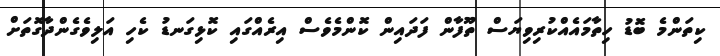
ކިތަންމެ ބޮޑު ހިތާމައެއްކުރިވިޔަސް ތޫފާން ފަދައިން ކޮންމެވެސް އިރެއްގައި ކޮޅިގަނޑު ކެހި އަލިވެގެންދާގޮތަށް